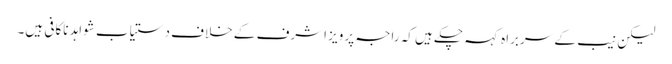
لیکن نیب کے سربراہ کہہ چکے ہیں کہ راجہ پرویز اشرف کے خلاف دستیاب شواہد ناکافی ہیں۔